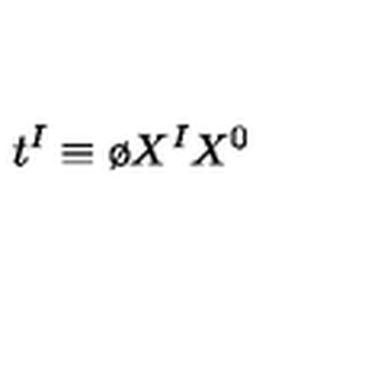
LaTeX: t ^ { I } \equiv { \o { X ^ { I } } { X ^ { 0 } } }